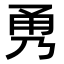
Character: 𭺹